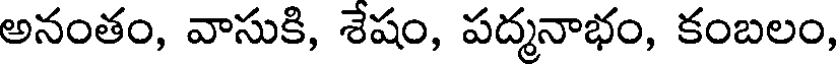
అనంతం, వాసుకి, శేషం, పద్మనాభం, కంబలం,